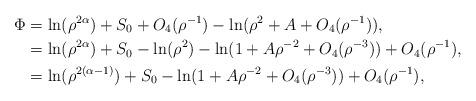
LaTeX: \begin{align*}\Phi&=\ln(\rho^{2\alpha}) + S_0 + O_{4}(\rho^{-1}) - \ln(\rho^{2}+A+O_4(\rho^{-1})),\\&=\ln(\rho^{2\alpha}) + S_0 - \ln(\rho^{2}) - \ln(1+A\rho^{-2}+O_4(\rho^{-3})) + O_{4}(\rho^{-1}),\\&=\ln(\rho^{2(\alpha-1)}) + S_0 - \ln(1+A\rho^{-2}+O_4(\rho^{-3})) + O_4(\rho^{-1}),\end{align*}